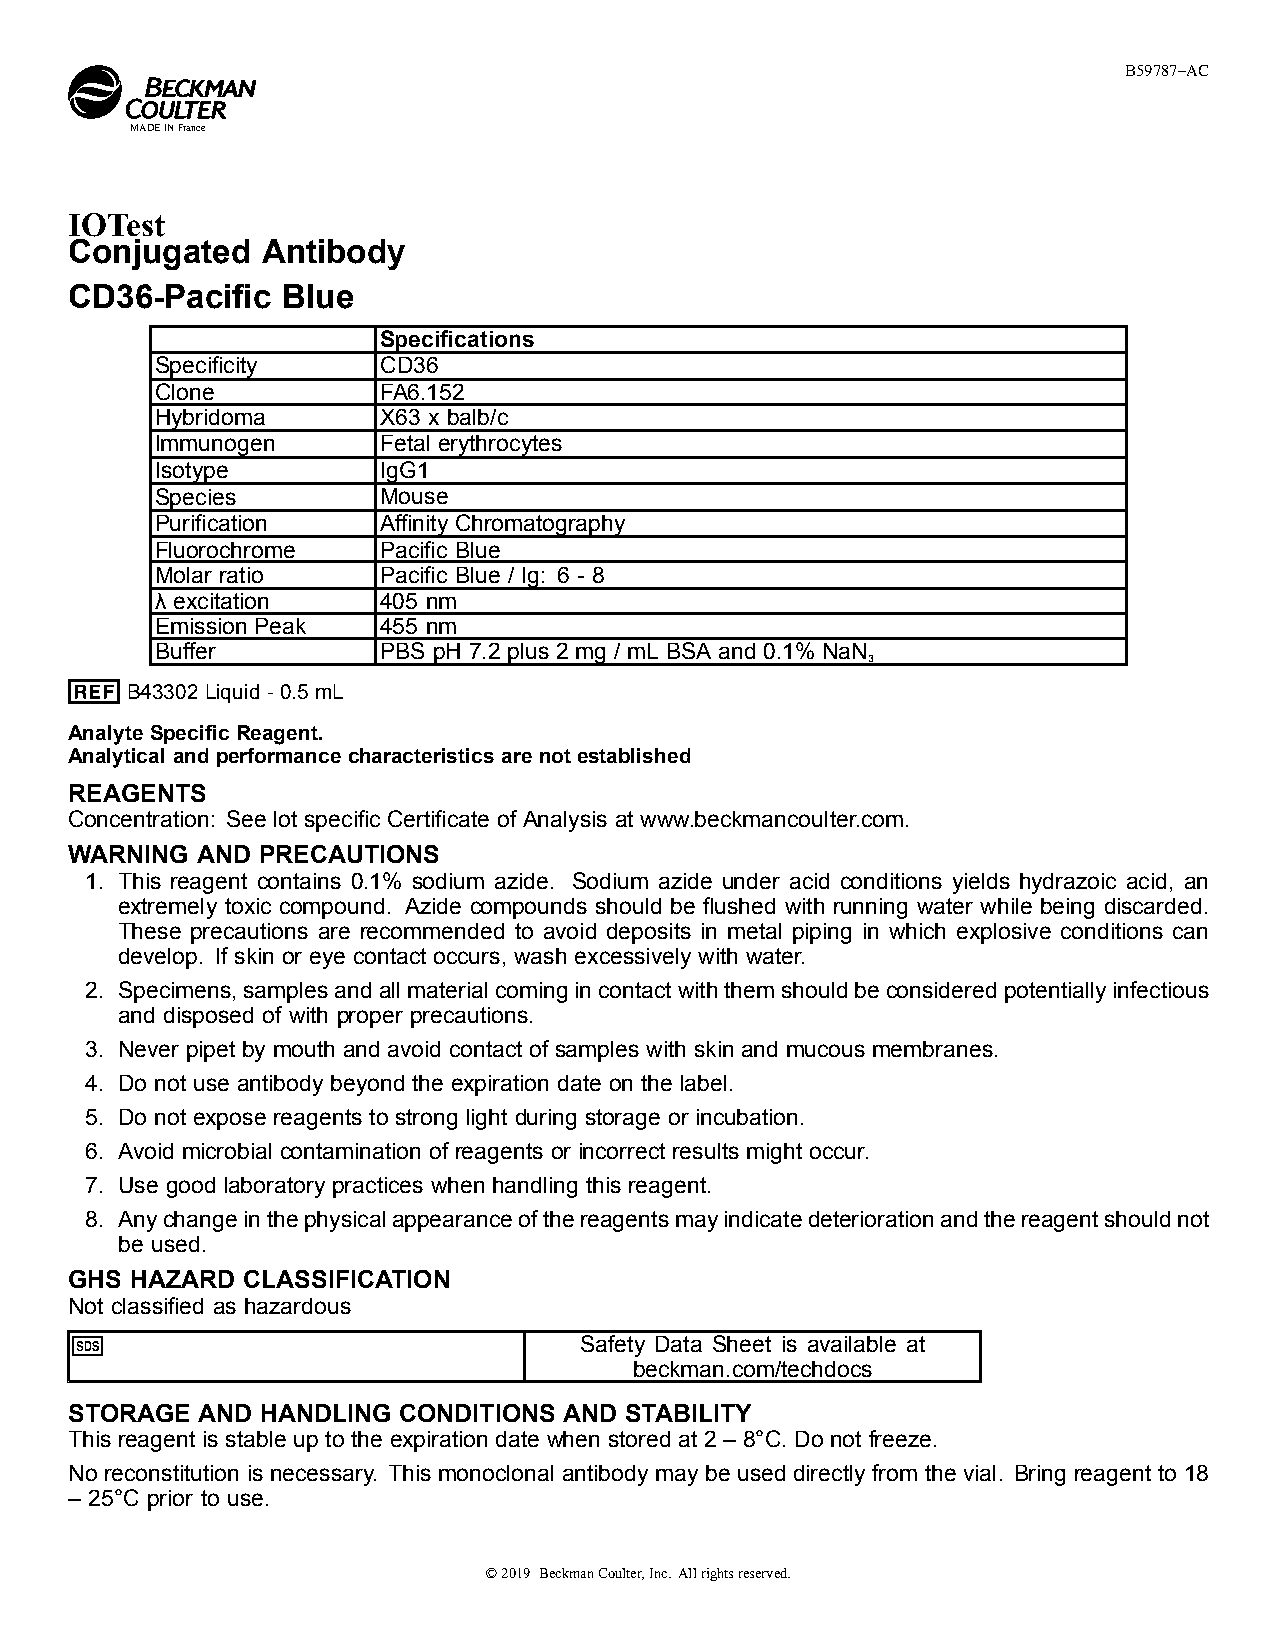
B59787–AC
 MADEINFrance
 IOTest
 Conjugated  Antibody
 CD36-Pacific  Blue
 Specifications
 Specificity    CD36
 Clone          FA6.152
 Hybridoma      X63 x balb/c
 Immunogen      Fetal erythrocytes
 Isotype        IgG1
 Species        Mouse
 Purification   Affinity Chromatography
 Fluorochrome   Pacific Blue
 Molar ratio    Pacific Blue / Ig: 6 - 8
 λ excitation   405 nm
 Emission Peak  455 nm
 Buffer         PBS pH 7.2 plus 2 mg / mL BSA and 0.1% NaN
 3
 B43302 Liquid - 0.5 mL
 Analyte Specific Reagent.
 Analytical and performance characteristics are not established
 REAGENTS
 Concentration: See lot specific Certificate of Analysis at www.beckmancoulter.com.
 WARNING AND PRECAUTIONS
 1. This reagent contains 0.1% sodium azide. Sodium azide under acid conditions yields hydrazoic acid, an
 extremely toxic compound. Azide compounds should be flushed with running water while being discarded.
 These precautions are recommended to avoid deposits in metal piping in which explosive conditions can
 develop. If skin or eye contact occurs, wash excessively with water.
 2. Specimens,samplesandallmaterialcomingincontactwiththemshouldbeconsideredpotentiallyinfectious
 and disposed of with proper precautions.
 3. Never pipet by mouth and avoid contact of samples with skin and mucous membranes.
 4. Do not use antibody beyond the expiration date on the label.
 5. Do not expose reagents to strong light during storage or incubation.
 6. Avoid microbial contamination of reagents or incorrect results might occur.
 7. Use good laboratory practices when handling this reagent.
 8. Anychangeinthephysicalappearanceofthereagentsmayindicatedeteriorationandthereagentshouldnot
 be used.
 GHS HAZARD CLASSIFICATION
 Not classified as hazardous
 Safety Data Sheet is available at
 beckman.com/techdocs
 STORAGE AND HANDLING CONDITIONS AND STABILITY
 This reagent is stable up to the expiration date when stored at 2 – 8°C. Do not freeze.
 No reconstitution is necessary. This monoclonal antibody may be used directly from the vial. Bring reagent to 18
 – 25°C prior to use.
 ©2019 BeckmanCoulter,Inc. Allrightsreserved.